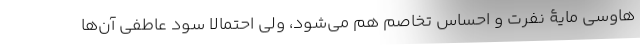
‌هاوسی مایۀ نفرت و احساس تخاصم هم می‌شود، ولی احتمالا سود عاطفی‌ آن‌ها